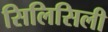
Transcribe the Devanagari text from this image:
सिलिसिली